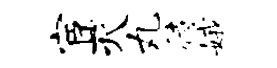
宦灭丸待娥